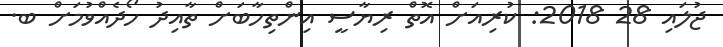
ޖުލައި 28 2018: ކުރިއަށް އޮތް ރިޔާސީ އިންތިހާބަށް ތާއިދު ހޯދެއްވުމަށް ބ.